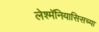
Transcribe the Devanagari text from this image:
लेश्मॅनियासिसच्या